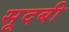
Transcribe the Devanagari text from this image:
सूदबी